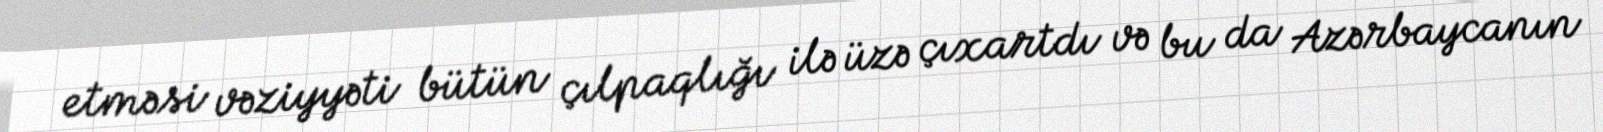
etməsi vəziyyəti bütün çılpaqlığı ilə üzə çıxartdı və bu da Azərbaycanın